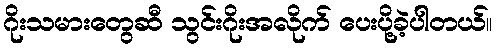
ဂိုးသမားတွေဆီ သွင်းဂိုးအလိုက် ပေးပို့ခဲ့ပါတယ်။